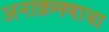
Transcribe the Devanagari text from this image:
अनाक्रमणाचा